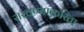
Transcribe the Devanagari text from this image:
राखण्याकरिता